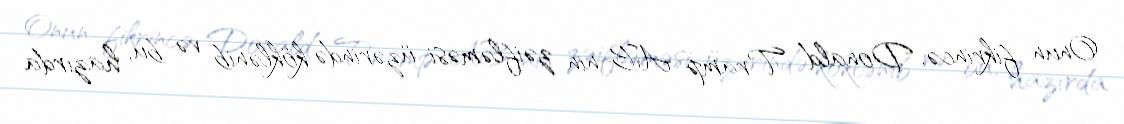
Onun fikrincə, Donald Tramp AB-nin zəifləməsi üzərində köklənib və bu, hazırda